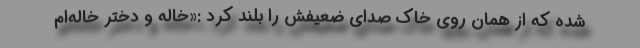
شده که از همان روی خاک صدای ضعیفش را بلند کرد :«خاله و دختر خاله‌ام